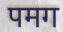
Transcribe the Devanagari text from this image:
पमग